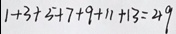
1 + 3 + 5 + 7 + 9 + 1 1 + 1 3 = 4 9